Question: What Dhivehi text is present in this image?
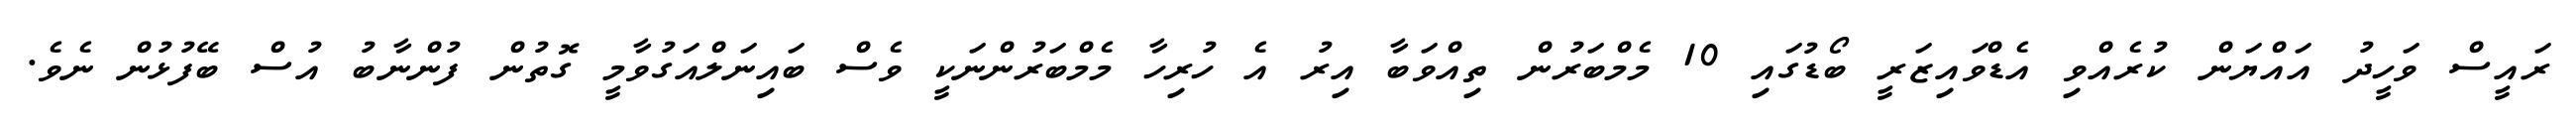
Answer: ރައީސް ވަހީދު އައްޔަން ކުރެއްވި އެޑްވައިޒަރީ ބޯޑުގައި 10 މެމްބަރުން ތިއްވަބާ އިރު އެ ހުރިހާ މެމްބަރުންނަކީ ވެސް ބައިނަލްއަގުވާމީ ގޮތުން ފުންނާބު އުސް ބޭފުޅުން ނެވެ.